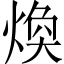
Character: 煥